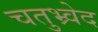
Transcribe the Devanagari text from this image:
चतुभ्र्वेद